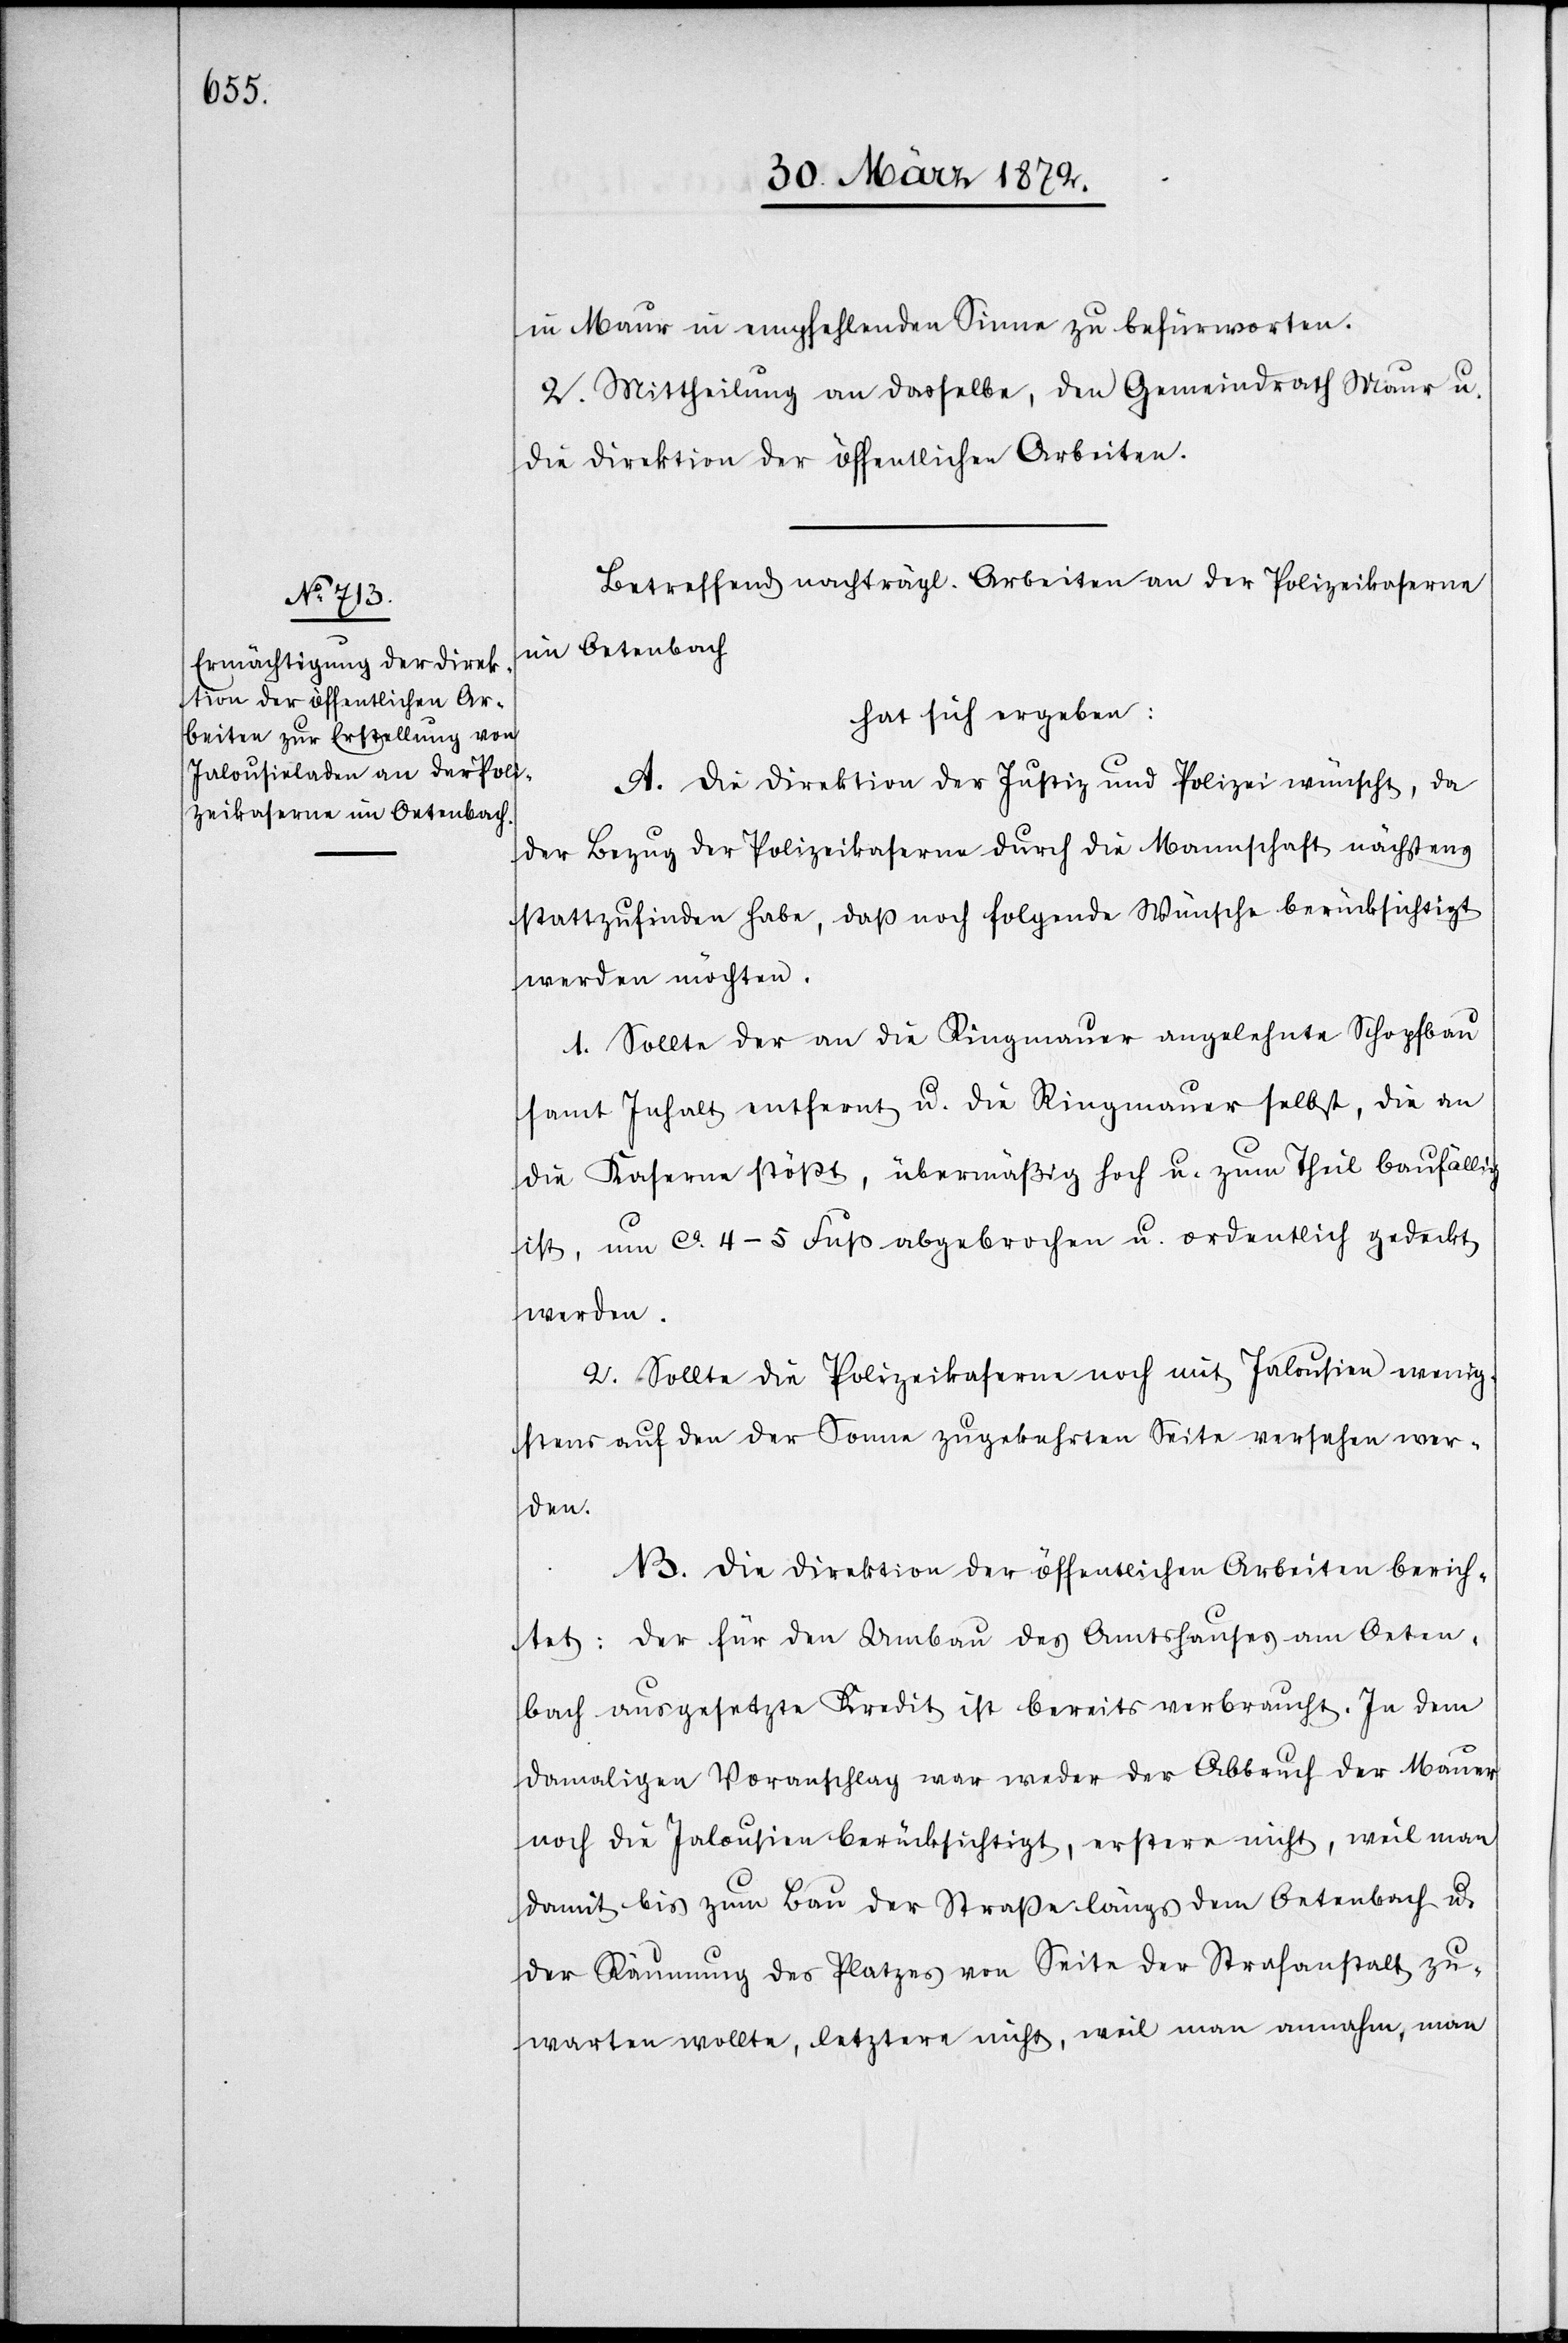
in Maur in empfehlenden Sinne zu befürworten.
2. Mittheilung an dasselbe, den Gemeindrath Maur u.
die Direktion der öffentlichen Arbeiten.
Betreffend nachträgl. Arbeiten an der Polizeikaserne
im Oetenbach
hat sich ergeben:
A. Die Direktion der Justiz und Polizei wünscht, da
der Bezug der Polizeikaserne durch die Mannschaft nächstens
stattzufinden habe, daß noch folgende Wünsche berücksichtigt
werden möchten.
1. Sollte der an die Ringmauer angelehnte Schopfbau
samt Inhalt entfernt u. die Ringmauer selbst, die an
die Kaserne stößt, übermäßig hoch u. zum Theil baufällig
ist, um ca 4–5 Fuß abgebrochen u. ordentlich gedeckt
werden.
2. Sollte die Polizeikaserne noch mit Jalousien wenig¬
stens auf den der Sonne zugekehrten Seite versehen wer¬
den
B. Die Direktion der öffentlichen Arbeiten berich¬
tet: Der für den Umbau des Amtshauses am Oeten¬
bach ausgesetzte Kredit ist bereits verbraucht. In dem
damaligen Voranschlag war weder der Abbruch der Mauer
noch die Jalousien berücksichtigt, erstere nicht, weil man
damit bis zum Bau der Straße längs dem Oetenbach u.
der Räumung des Platzes von Seite der Strafanstalt zu¬
warten wollte, letztere nicht, weil man annahm, man